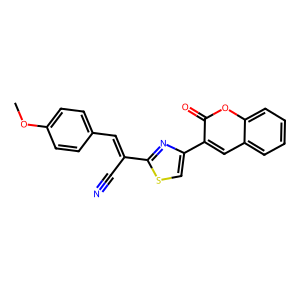
SMILES: COc1ccc(C=C(C#N)c2nc(-c3cc4ccccc4oc3=O)cs2)cc1
Inhibits HIV replication: Yes